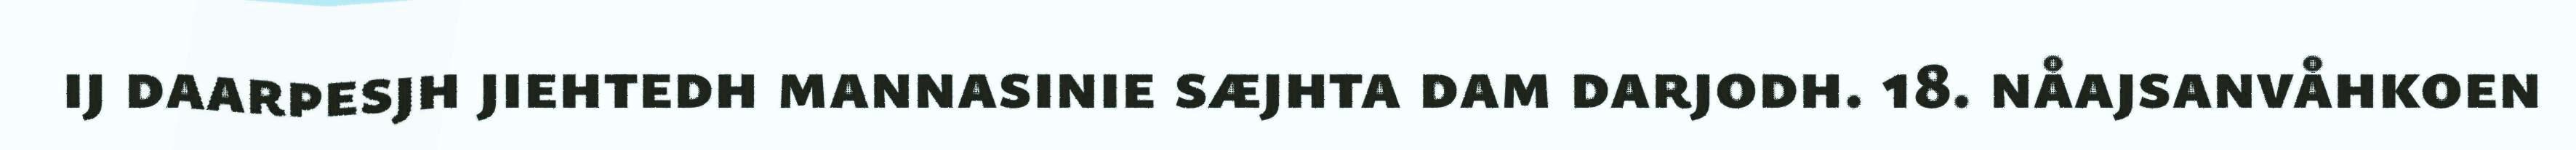
ij daarpesjh jiehtedh mannasinie sæjhta dam darjodh. 18. nåajsanvåhkoen